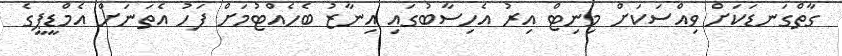
ގާތްގަނޑަކަށް ވިއްސަކަށް މިނިޓް އިރު އެހިސާބުގައި އިނާޒު ބެހެއްޓުމަށް ފަހު އެތަނަށް އެމްޑީޕީގެ